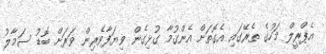
އެޕްރީލް މަހުގެ ތެރޭގައި އެގޮތަށް އެންގުމާ ގުޅިގެން ވިޔަފާވެރިން ވަރަށް ބޮޑު ސަމާލު